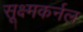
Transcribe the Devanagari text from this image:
सूक्ष्मकर्नल